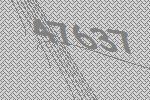
47637